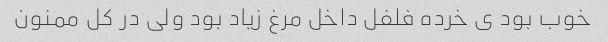
خوب بود ی خرده فلفل داخل مرغ زیاد بود ولی در کل ممنون